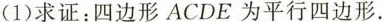
(1)求证：四边形ACDE为平行四边形.